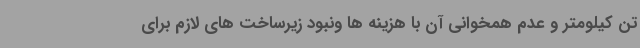
تن کیلومتر و عدم همخوانی آن با هزینه ها ونبود زیرساخت های لازم برای